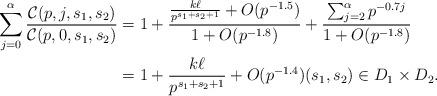
LaTeX: \begin{align*} \sum_{j=0}^{\alpha} \frac{\mathcal{C}(p,j,s_1,s_2)}{ \mathcal{C}(p,0,s_1,s_2)} & = 1 + \frac{\frac{k \ell }{p^{s_1+s_2+1}} + O(p^{-1.5}) }{1+ O(p^{-1.8}) } + \frac{\sum_{j=2}^{\alpha} p^{-0.7j} }{1+ O(p^{-1.8}) } \\ & = 1 + \frac{k \ell}{p^{s_1+s_2+1}} + O(p^{-1.4}) (s_1,s_2) \in D_1 \times D_2. \end{align*}